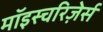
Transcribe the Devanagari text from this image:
मॉइस्चरिज़ेर्स